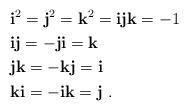
LaTeX: \begin{align*}&\textbf{i}^2=\textbf{j}^2=\textbf{k}^2=\textbf{i}\textbf{j}\textbf{k}=-1\\&\textbf{i}\textbf{j}= -\textbf{j}\textbf{i} = \textbf{k}\\&\textbf{j}\textbf{k}= -\textbf{k}\textbf{j} = \textbf{i}\\&\textbf{k}\textbf{i} = -\textbf{i}\textbf{k} = \textbf{j}~.\end{align*}